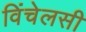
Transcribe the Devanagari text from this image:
विंचेलसी